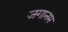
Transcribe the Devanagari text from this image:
जगानम